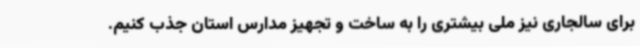
برای سالجاری نیز ملی بیشتری را به ساخت و تجهیز مدارس استان جذب کنیم.